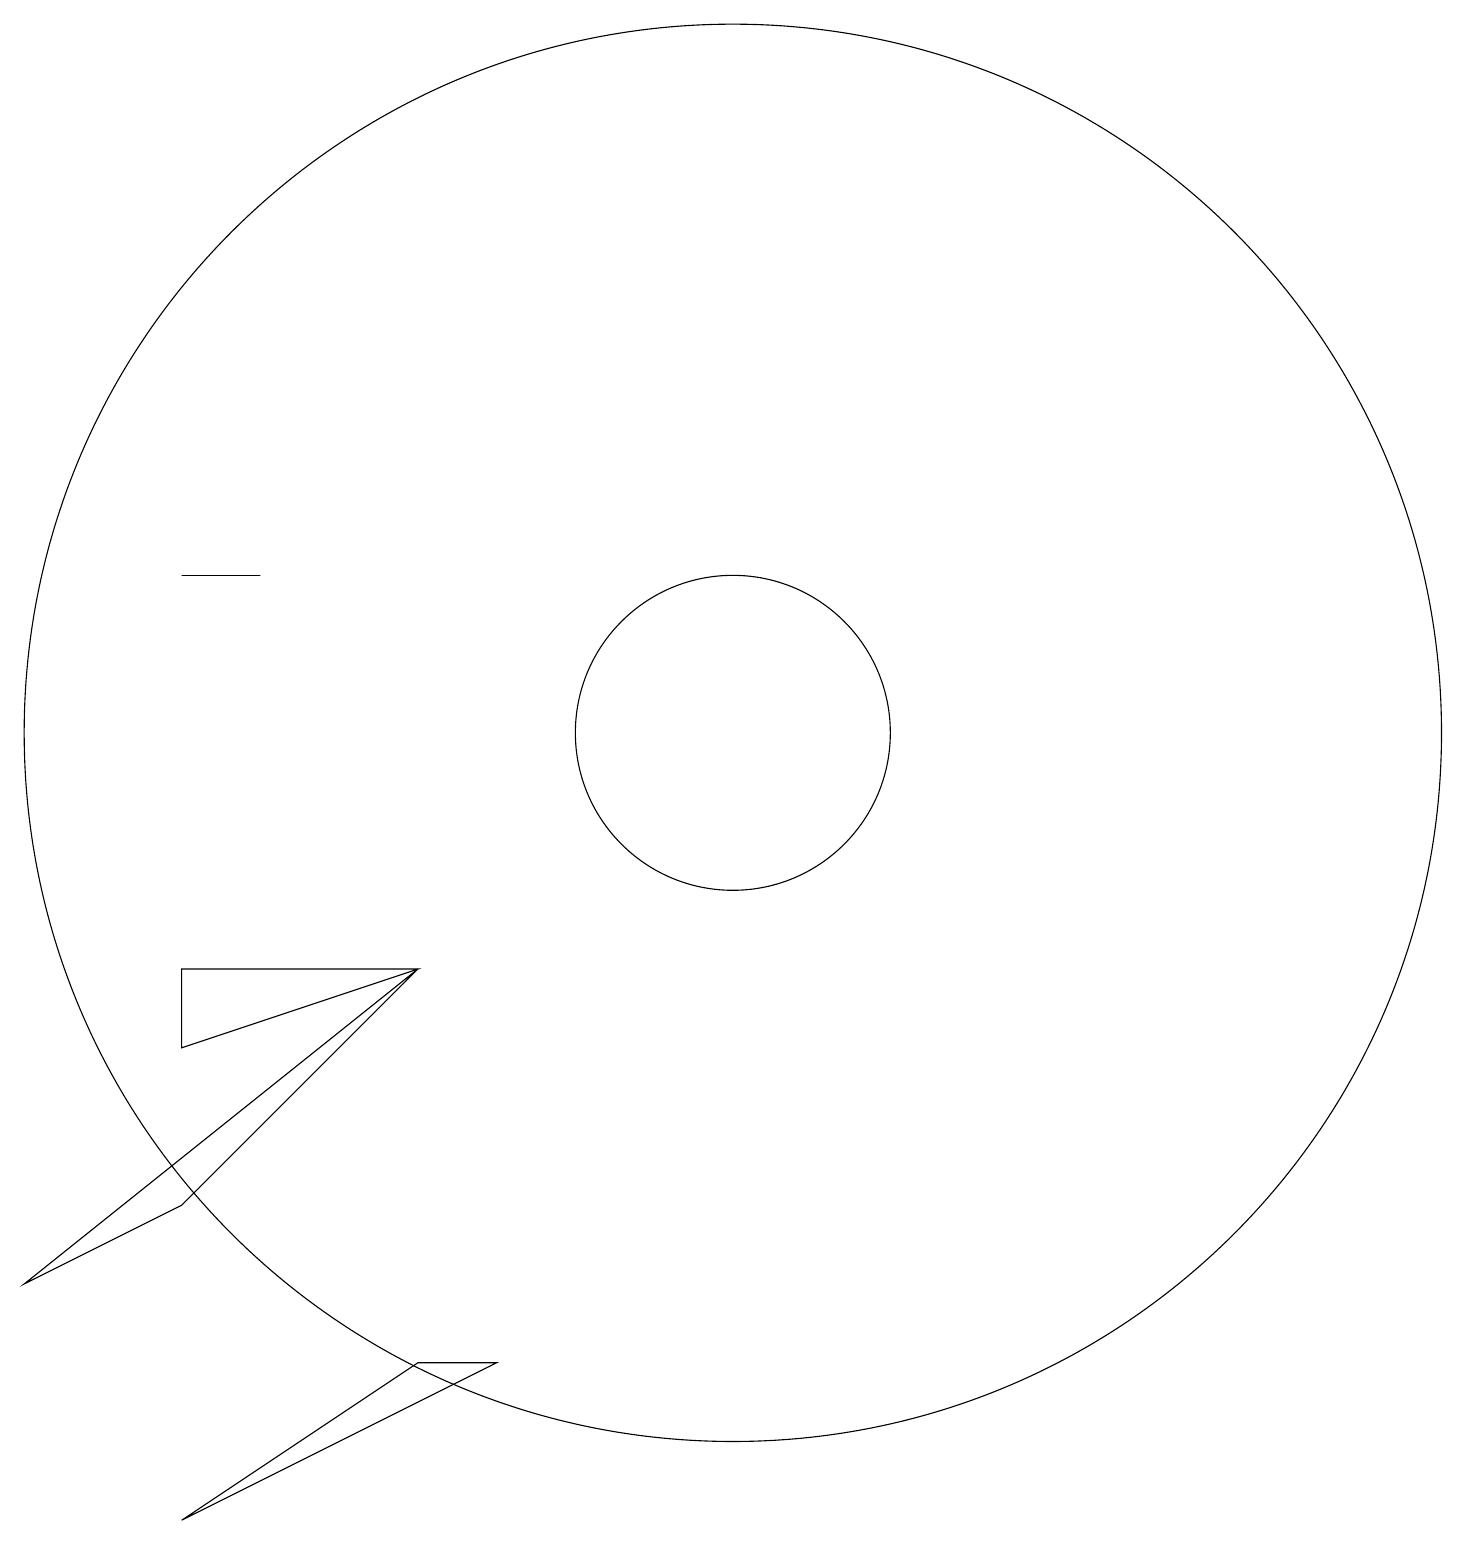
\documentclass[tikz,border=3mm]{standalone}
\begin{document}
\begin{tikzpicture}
\draw (4,13) rectangle (3,13);
\draw (6,3) -- (7,3) -- (3,1) -- cycle;
\draw (3,7) -- (6,8) -- (3,8) -- cycle;
\draw (10,11) circle (9);
\draw (10,11) circle (2);
\draw (1,4) -- (3,5) -- (6,8) -- cycle;
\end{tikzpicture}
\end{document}